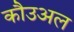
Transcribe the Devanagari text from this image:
कौउअल